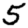
Digit: 5